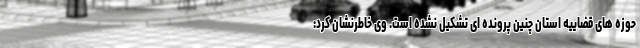
حوزه های قضاییه استان چنین پرونده ای تشکیل نشده است. وی خاطرنشان کرد: